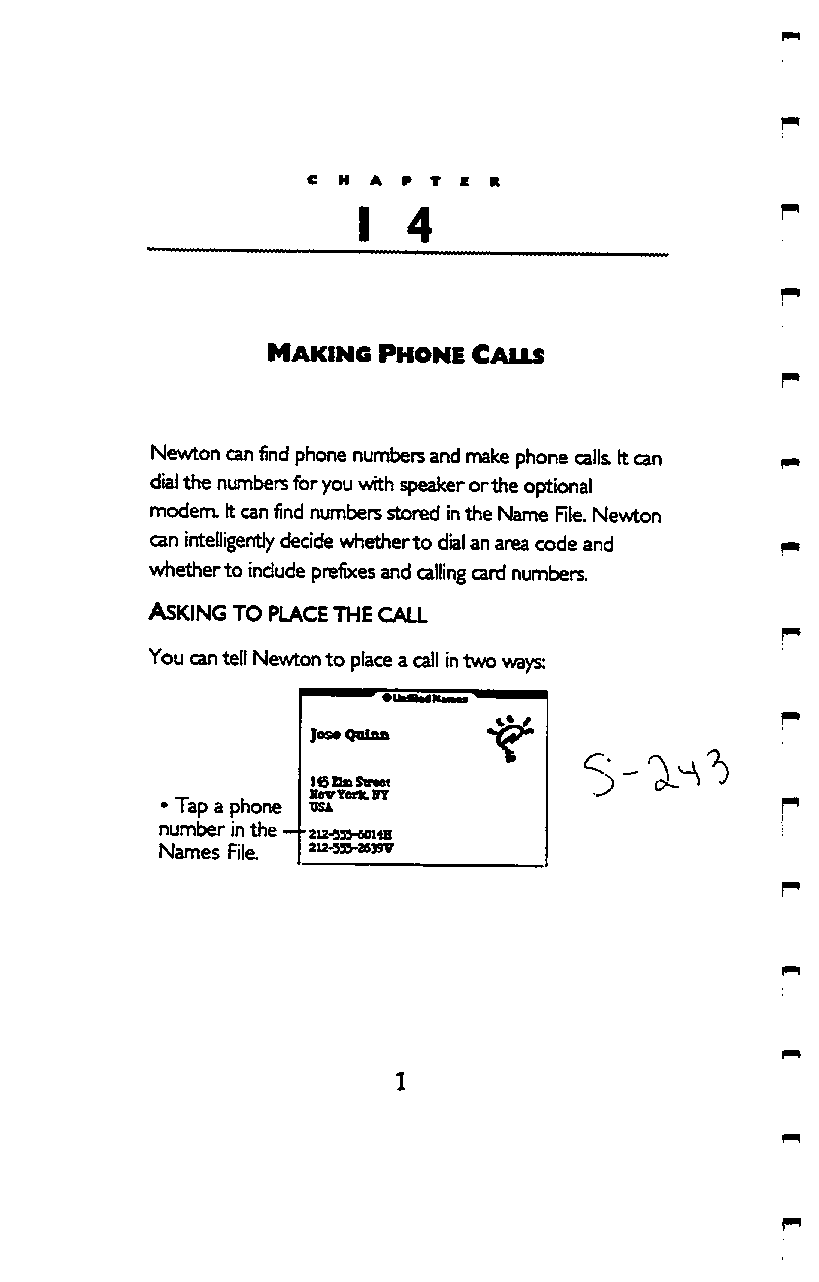
C H A P T E R
 I  4
 MAKING PHONE CALLS
 Newton can find phone numbers and make phone calk It can
 dial the numbers for you with speaker or the optional
 modem. It can find numbers stoned in the Name RIe. Newton
 can intelligently decide whether to dial an area code and
 whether to include prefixes and calling card numbers.
 ASKING TO PLACE THE CALL
 You can tell Newton to place a call in two ways:
 }os« Qolxm
 • _T ap a phone KovTorfcHT
 number in the — • au-sss-coi^B
 Marr>oc F.lo 212-«V26»V